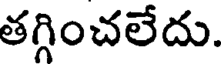
తగ్గించలేదు.